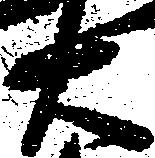
右